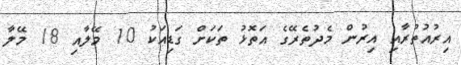
އިރުއުތުރާއި އިރުން މެދުތެރޭގެ އަތޮޅު ތަކަށް ގަޑިއަކު 10 މޭލާއި 18 މޭލާ